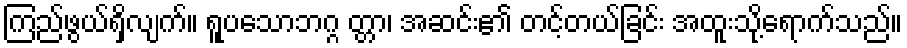
ကြည်ဖွယ်ရှိလျက်။ ရူပသောဘဂ္ဂ တ္တာ၊ အဆင်း၏ တင့်တယ်ခြင်း အထူးသို့ရောက်သည်။